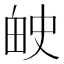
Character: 𬏅